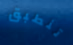
تنطبق